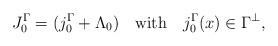
LaTeX: \begin{align*}J_0^\Gamma=(j_0^\Gamma +\Lambda_0)\quad\hbox{with}\quad j_0^\Gamma(x)\in \Gamma^\perp,\end{align*}